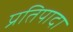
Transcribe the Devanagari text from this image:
प्रतिपादा